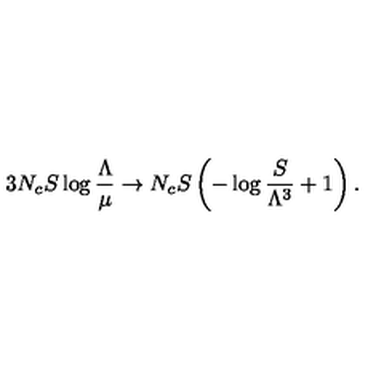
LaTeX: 3 N _ { c } S \log { \frac { \Lambda } { \mu } } \to N _ { c } S \left( - \log { \frac { S } { \Lambda ^ { 3 } } } + 1 \right) .